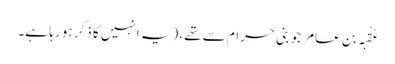
عُقْبَہ بن عامِر جو بنی حرام سے تھے، (یہ انہیں کا ذکر ہو رہا ہے۔